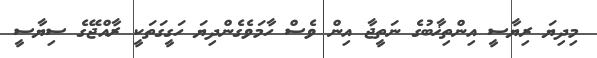
މިދިޔަ ރިޔާސީ އިންތިޚާބުގެ ނަތީޖާ އިން ވެސް ހާމަވެގެންދިޔަ ހަގީގަތަކީ ރާއްޖޭގެ ސިޔާސީ